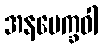
အနပေက္ခဝါ